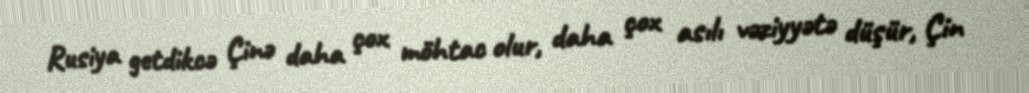
Rusiya getdikcə Çinə daha çox möhtac olur, daha çox asılı vəziyyətə düşür, Çin